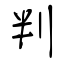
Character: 判